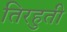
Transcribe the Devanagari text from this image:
तिरहुती